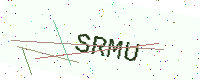
Text: SRMU